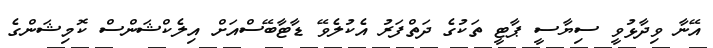
އޭނާ ވިދާޅުވީ ސިޔާސީ ޕާޓީ ތަކުގެ ދަތްފަރު އެކުލެވޭ ޑާޓާބޭސްއަށް އިލެކްޝަންސް ކޮމިޝަންގެ